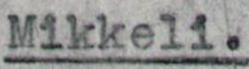
Mikkeli.